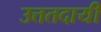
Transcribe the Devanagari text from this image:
उत्ततदायी